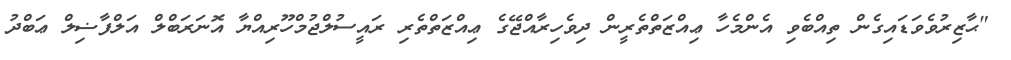
"ޙާޒިރުވެވަޑައިގެން ތިއްބެވި އެންމެހާ ޢިއްޒަތްތެރީން ދިވެހިރާއްޖޭގެ ޢިއްޒަތްތެރި ރައީސުލްޖުމްހޫރިއްޔާ އޮނަރަބްލް އަލްފާޟިލް ޢަބްދު